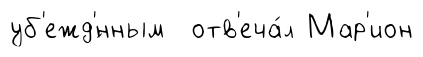
уб'ежд'́нным отв'еча́л Мар'ион